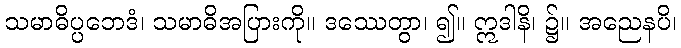
သမာဓိပ္ပဘေဒံ၊ သမာဓိအပြားကို။ ဒဿေတွာ၊ ၍။ ဣဒါနိ၊ ၌။ အညေနပိ၊